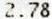
2.78